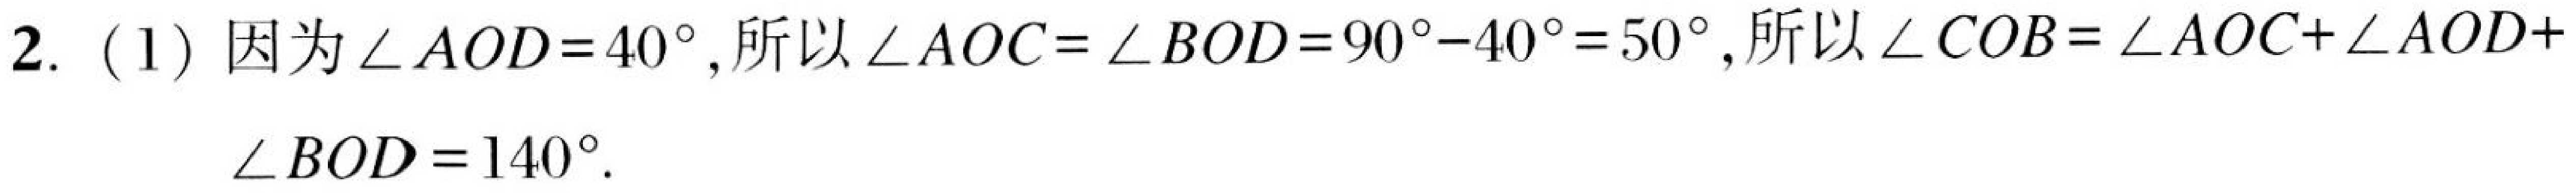
2. (1) 因为$\angle AOD = 40^{\circ}$,所以$\angle AOC=\angle BOD = 90^{\circ}-40^{\circ}=50^{\circ}$,所以$\angle COB=\angle AOC+\angle AOD+$
$\angle BOD = 140^{\circ}$.